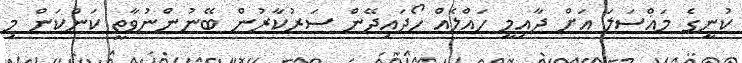
ކުނީގެ މައްސަލަ އަށް ދާއިމީ ހައްލެއް ހޯދައިދޭން ސަރުކާރުން ބޭނުންނުވާތީ ކަންކަން މި